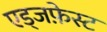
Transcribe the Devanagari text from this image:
एड्जफ़ेस्ट